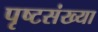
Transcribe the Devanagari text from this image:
पृष्टसंख्या